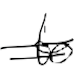
Text: to
Cross-out: double-line
Writing tool: digital_black